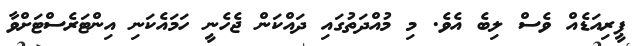
ޕީރިއަޑެއް ވެސް ލިބެ އެވެ. މި މުއްދަތުގައި ދައްކަން ޖެހެނީ ހަމައެކަނި އިންޓަރެސްޓަށްވާ